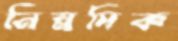
নিম্নদিক